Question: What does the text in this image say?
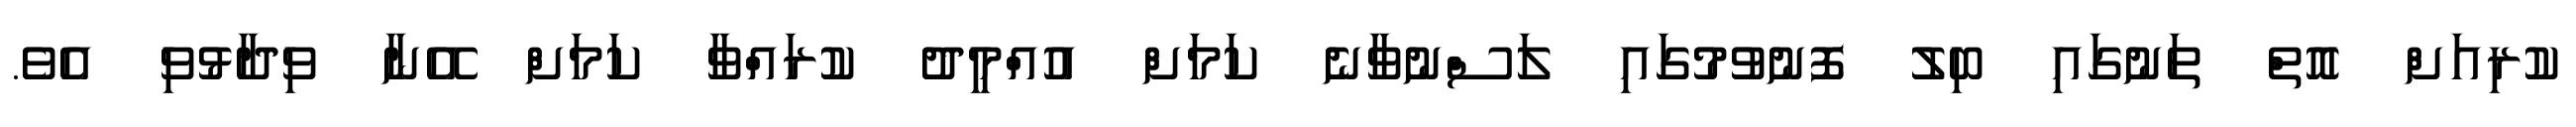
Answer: ކުރިއަށް އޮތް ތަނުގައި ބިލު ފޮނުވުމުގައި ލަސްނުވާނެ ކަމަށް އުއްމީދު ކުރައްވާ ކަމަށް އޭނާ ވިދާޅުވި އެވެ.